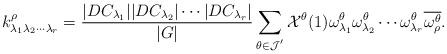
LaTeX: \begin{align*}k_{\lambda_1\lambda_2\cdots\lambda_r}^\rho=\frac{|DC_{\lambda_1}||DC_{\lambda_2}|\cdots|DC_{\lambda_r}|}{|G|}\sum_{\theta\in \mathcal{J}^{'}}\mathcal{X}^\theta(1)\omega^\theta_{\lambda_1} \omega^\theta_{\lambda_2}\cdots \omega^\theta_{\lambda_r}\overline{\omega^{\theta}_\rho}.\end{align*}